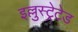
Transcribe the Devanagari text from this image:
इल्लुस्ट्रेटेड